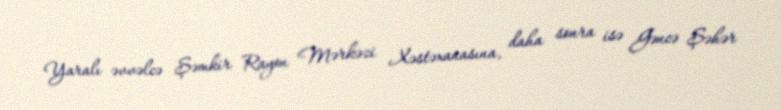
Yaralı əvvəlcə Şəmkir Rayon Mərkəzi Xəstəxanasına, daha sonra isə Gəncə Şəhər